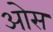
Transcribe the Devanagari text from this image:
आेस